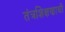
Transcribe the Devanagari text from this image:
तंत्रशिक्षणाची